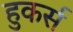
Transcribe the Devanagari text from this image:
हुकर्स